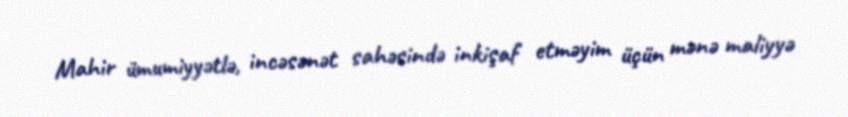
Mahir ümumiyyətlə, incəsənət sahəsində inkişaf etməyim üçün mənə maliyyə